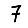
Digit: 7